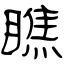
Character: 瞧